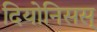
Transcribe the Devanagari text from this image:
दियोनिसस्